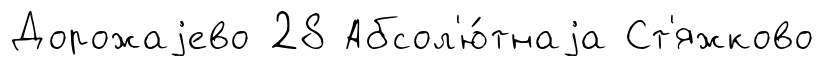
Дорожаjево 28 Абсол'ю́тнаjа Ст'яжково